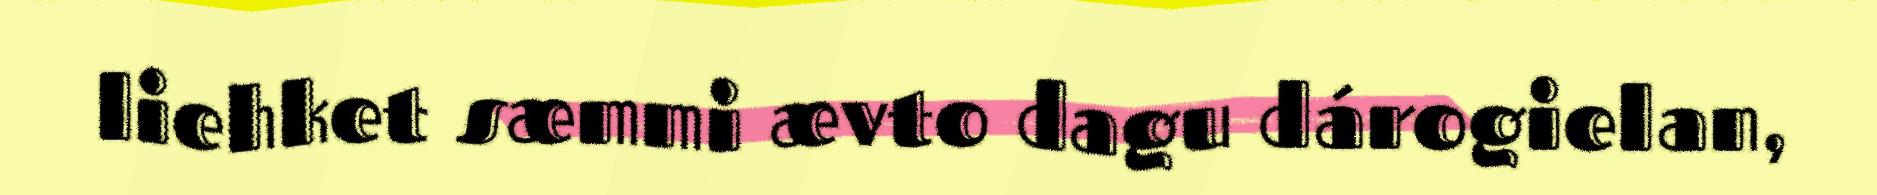
liehket sæmmi ævto dagu dárogielan,